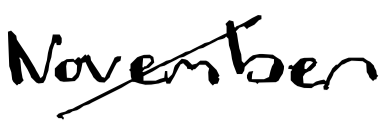
Text: November
Cross-out: diagonal
Writing tool: digital_black